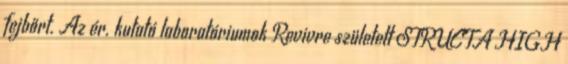
fejbőrt. Az ér. kutató laboratóriumok Revivre született STRUCTA HIGH